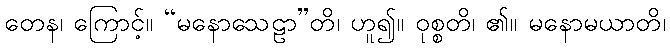
တေန၊ ကြောင့်။ “မနောသေဠာ”တိ၊ ဟူ၍။ ဝုစ္စတိ၊ ၏။ မနောမယာတိ၊